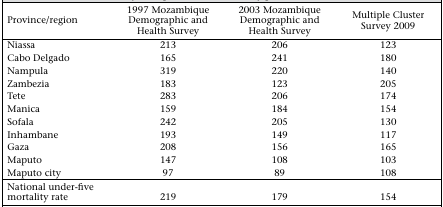
| Province/region | 1997 Mozambique Demographic and Health Survey | 2003 Mozambique Demographic and Health Survey | Multiple Cluster Survey 2009 |
 | --- | --- | --- | --- |
 | Niassa | 213 | 206 | 123 |
 | Cabo Delgado | 165 | 241 | 180 |
 | Nampula | 319 | 220 | 140 |
 | Zambezia | 183 | 123 | 205 |
 | Tete | 283 | 206 | 174 |
 | Manica | 159 | 184 | 154 |
 | Sofala | 242 | 205 | 130 |
 | Inhambane | 193 | 149 | 117 |
 | Gaza | 208 | 156 | 165 |
 | Maputo | 147 | 108 | 103 |
 | Maputo city | 97 | 89 | 108 |
 | National under-five mortality rate | 219 | 179 | 154 |